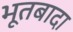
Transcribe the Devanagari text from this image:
भूतबादा